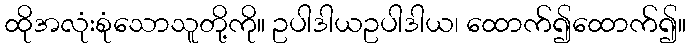
ထိုအလုံးစုံသောသူတို့ကို။ ဥပါဒါယဥပါဒါယ၊ ထောက်၍ထောက်၍။